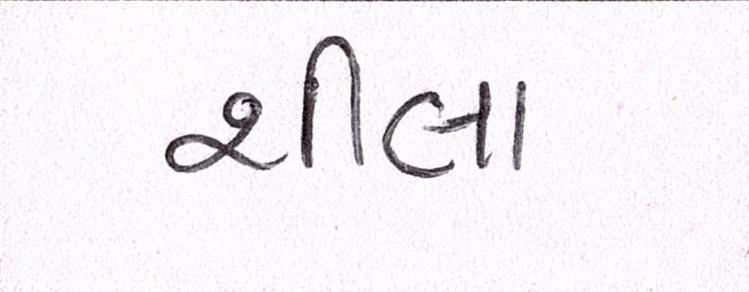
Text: શીલા